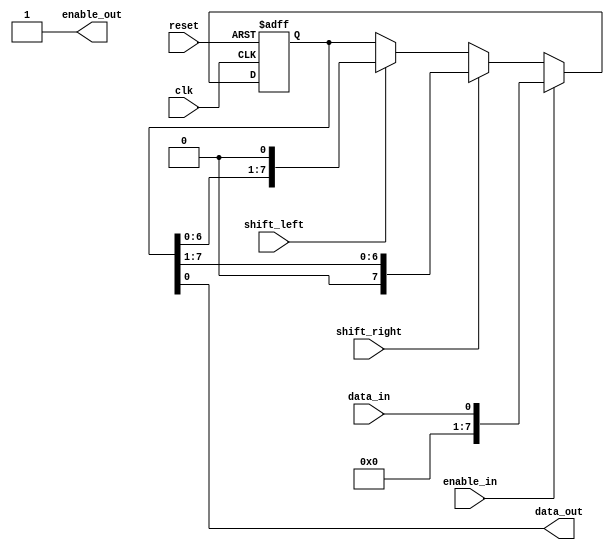
module bidirectional_shift_register(

    input wire clk,
    input wire reset,
    input wire shift_left,
    input wire shift_right,
    input wire data_in,
    input wire enable_in,
    output wire data_out,
    output wire enable_out
);

reg [7:0] register;

always @(posedge clk or posedge reset) begin
    if (reset) begin
        register <= 8'b00000000;
    end else begin
        if (shift_left) begin
            register <= {register[6:0], 1'b0};
        end
        if (shift_right) begin
            register <= {1'b0, register[7:1]};
        end
        if (enable_in) begin
            register <= data_in;
        end
    end
end

assign data_out = register[0];
assign enable_out = 1'b1;

endmodule